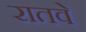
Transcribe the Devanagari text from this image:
रातवे